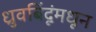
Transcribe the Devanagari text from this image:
ध्रुवबिंदूंमधून